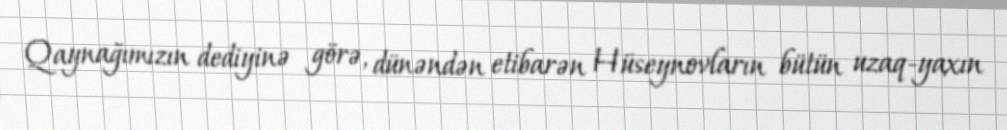
Qaynağımızın dediyinə görə, dünəndən etibarən Hüseynovların bütün uzaq-yaxın